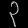
Digit: ၃